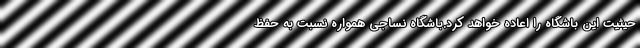
حیثیت این باشگاه را اعاده خواهد کرد.باشگاه نساجی همواره نسبت به حفظ